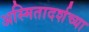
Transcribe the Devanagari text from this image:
अस्मितादर्शच्या